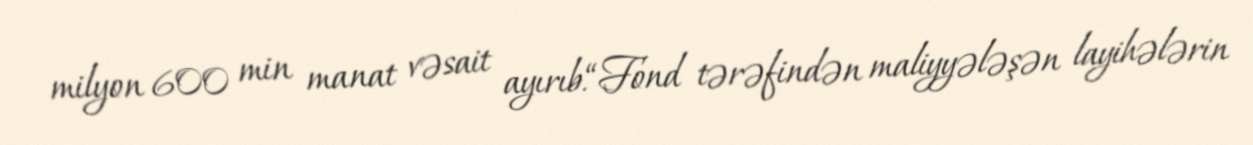
milyon 600 min manat vəsait ayırıb.“Fond tərəfindən maliyyələşən layihələrin